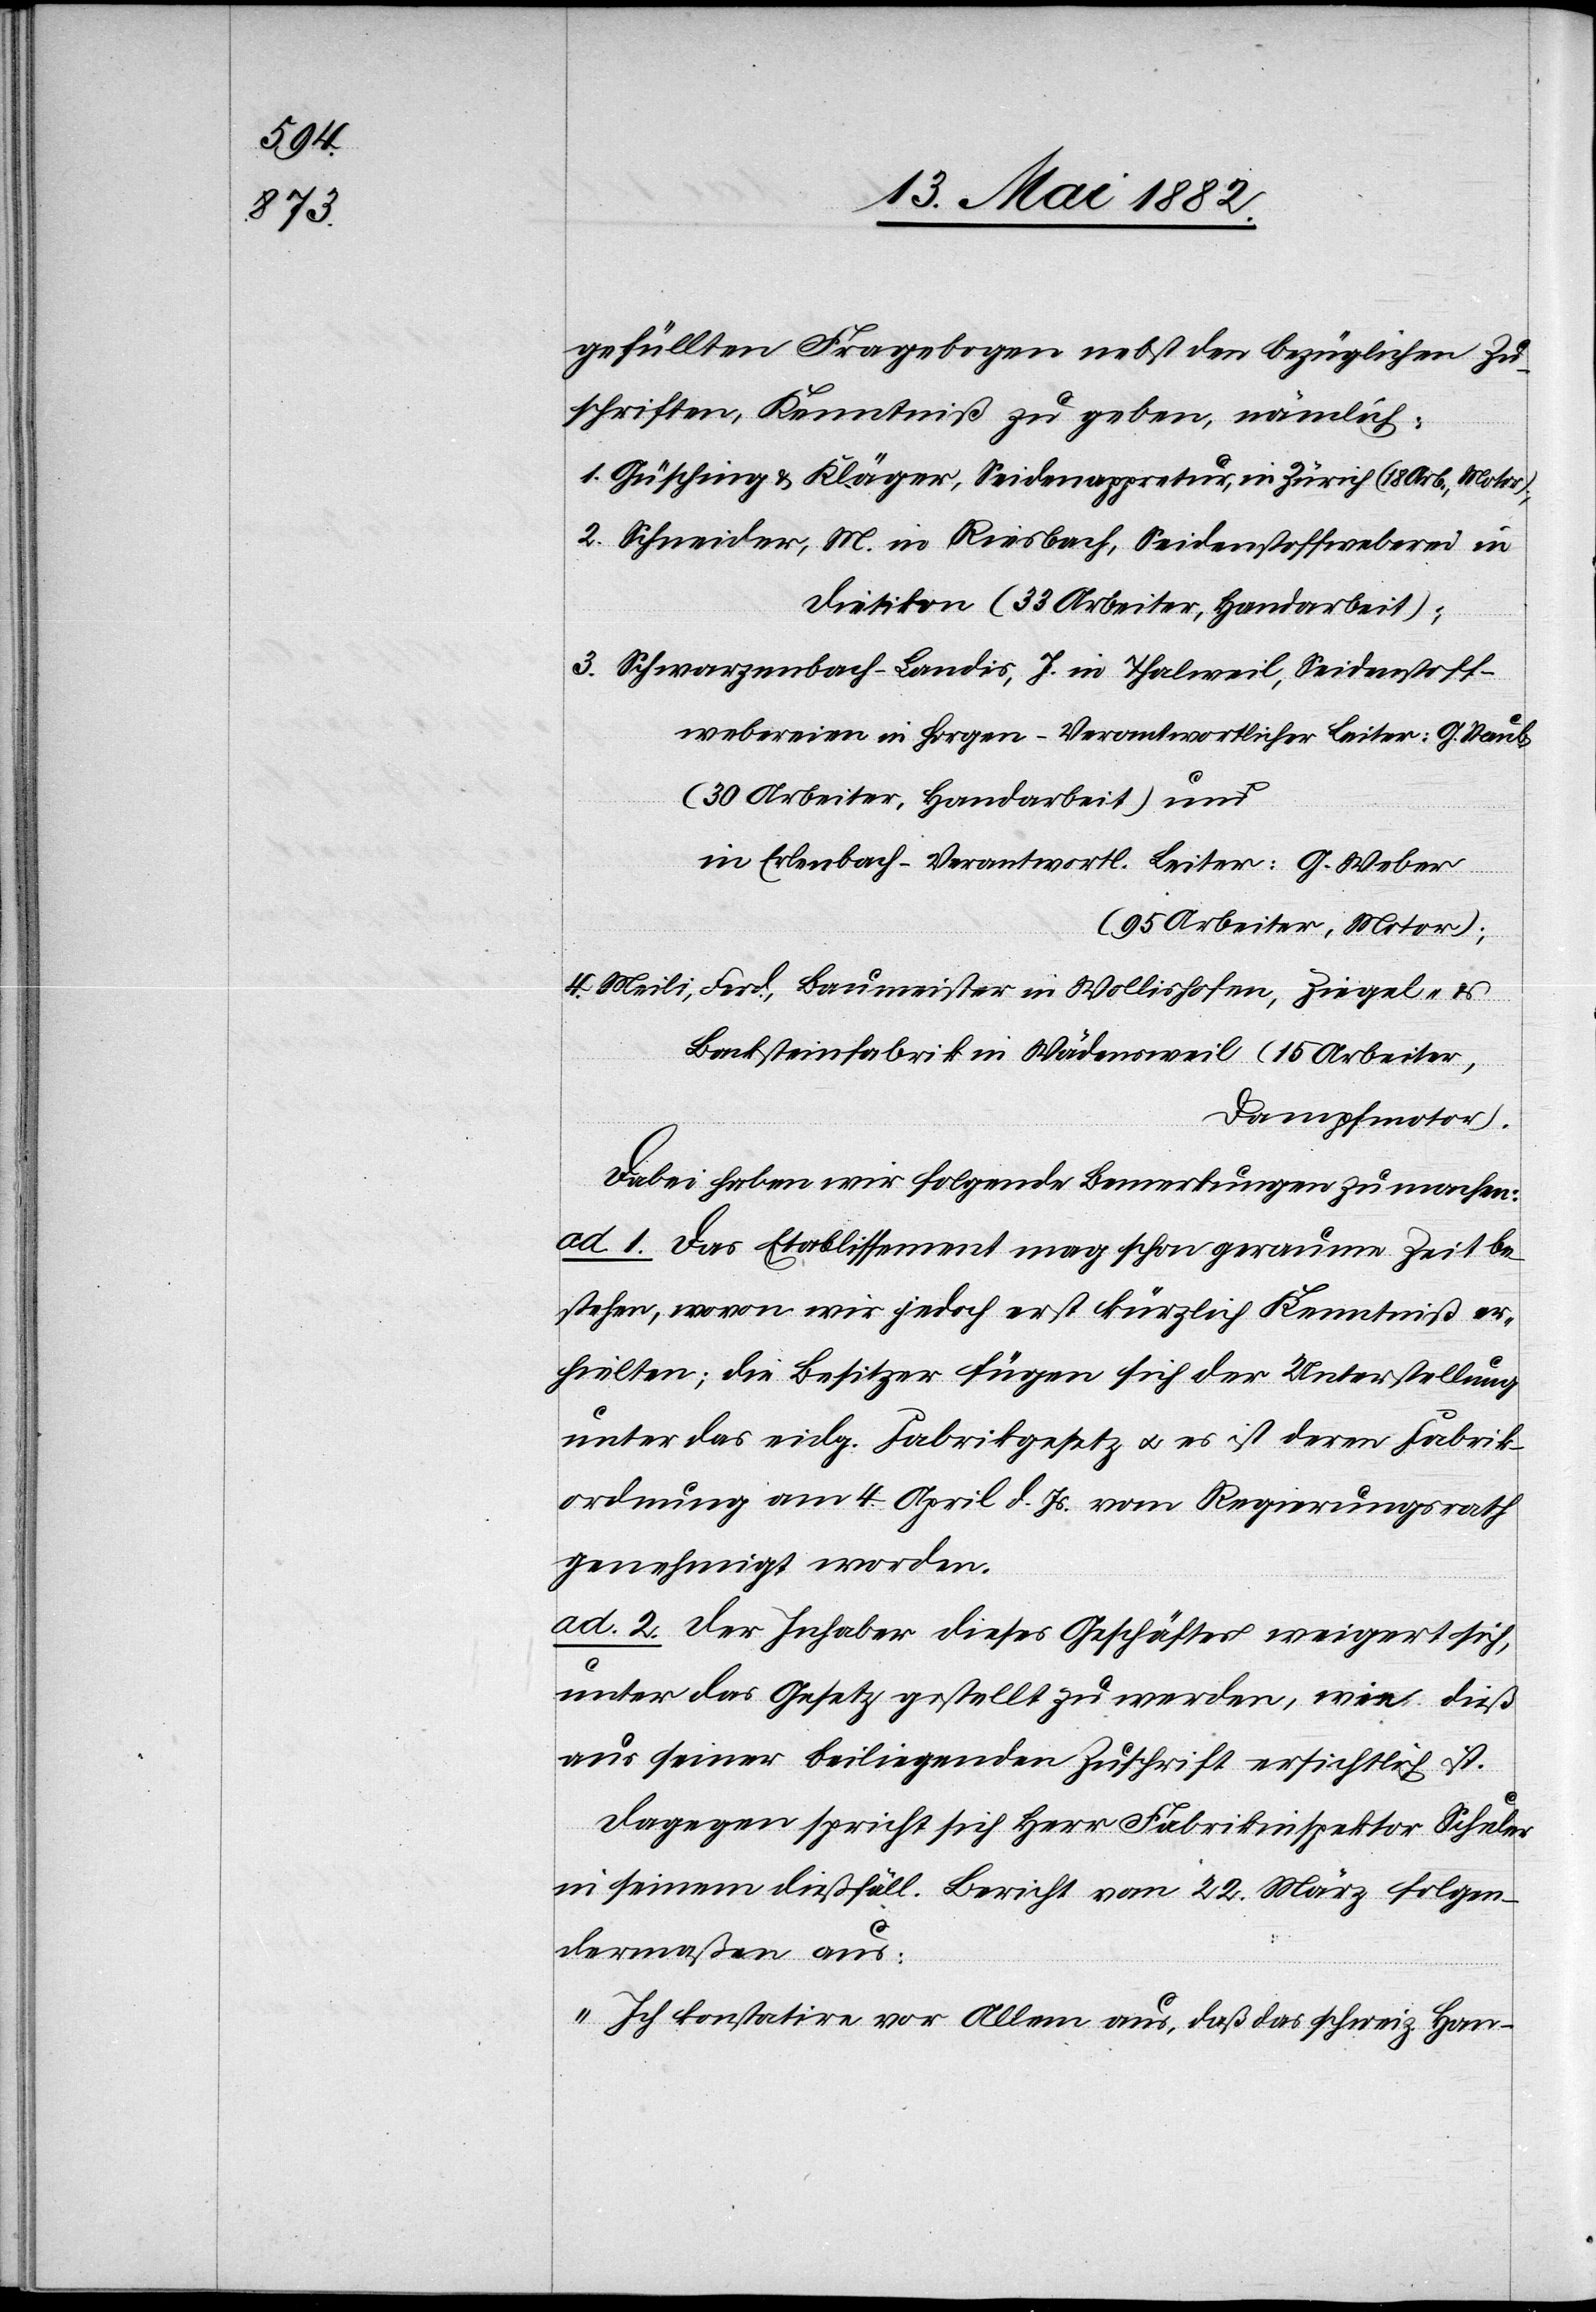
gefüllten Fragebogen nebst den bezüglichen Zu¬
schriften, Kenntniß zu geben, nämlich:
1. Güsching & Kläger, Seidenappretur, in Zürich (18 Arb., Motor);
2. Schneider, M. in Riesbach, Seidenstoffweberei in
Dietikon (33 Arbeiter, Handarbeit);
3. Schwarzenbach-Landis, J. in Thalweil, Seidenstoff¬
webereien in Horgen – Verantwortlicher Leiter: G. Staub,
(30 Arbeiter, Handarbeit) und
in Erlenbach – Verantwortl. Leiter: G. Weber
(90 Arbeiter, Motor);
4. Meili, Ferd., Baumeister in Wollishofen, Ziegel-
Backsteinfabrik in Wädensweil (15 Arbeiter,
Dampfmotor).
Dabei haben wir folgende Bemerkungen zu machen:
ad. 1. Das Etablissement mag schon geraume Zeit be¬
stehen, wovon wir jedoch erst kürzlich Kenntniß er¬
hielten; die Besitzer fügen sich der Unterstellung
unter das eidg. Fabrikgesetz u. es ist deren Fabrik¬
ordnung am 4. April d. Js. vom Regierungsrath
genehmigt worden.
ad. 2. Der Inhaber dieses Geschäftes weigert sich,
unter das Gesetz gestellt zu werden, wie dieß
aus seiner beiliegenden Zuschrift ersichtlich ist.
Dagegen spricht sich Herr Fabrikinspektor Schuler
in seinem dießfäll. Bericht vom 22. März folgen¬
dermaßen aus:
„Ich konstatire vor Allem aus, daß das schweiz. Han-